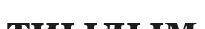
тиылым